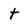
Character: t